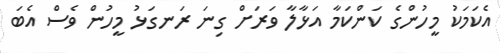
އެކަމަކު މީހުންގެ ކަންކަމާ އަޅާލާ ވަރަށް ގިނަ ރަނގަޅު މީހުން ވެސް އެބަ